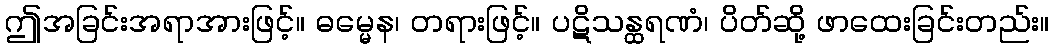
ဤအခြင်းအရာအားဖြင့်။ ဓမ္မေန၊ တရားဖြင့်။ ပဋိသန္ထရဏံ၊ ပိတ်ဆို့ ဖာထေးခြင်းတည်း။